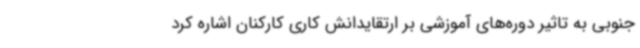
جنوبی به تاثیر دوره‌های آموزشی بر ارتقایدانش کاری کارکنان اشاره کرد